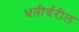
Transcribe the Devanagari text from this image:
धतीर्वरील